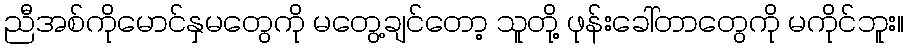
ညီအစ်ကိုမောင်နှမတွေကို မတွေ့ချင်တော့ သူတို့ ဖုန်းခေါ်တာတွေကို မကိုင်ဘူး။